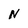
Character: N